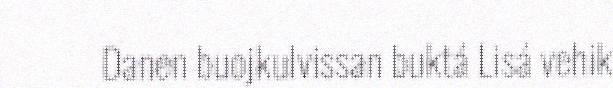
Danen buojkulvissan buktá Lisá vehik